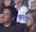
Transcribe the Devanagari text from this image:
कावुर